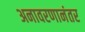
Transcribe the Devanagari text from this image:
अनावरणानंतर